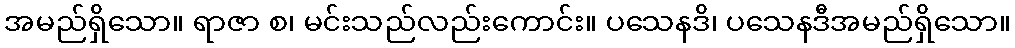
အမည်ရှိသော။ ရာဇာ စ၊ မင်းသည်လည်းကောင်း။ ပသေနဒိ၊ ပသေနဒီအမည်ရှိသော။